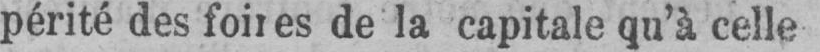
périté des foires de la capitale qu’à celle